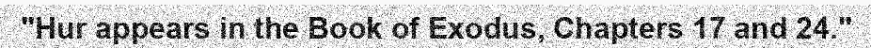
"Hur appears in the Book of Exodus, Chapters 17 and 24."